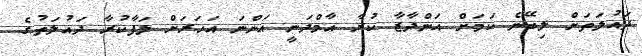
ދައުލަތަށް ލިބޭނެ ކަމަށް އަންދާޒާ ކުރާ އާމްދަނީ އަންނަ އަހަރަށް ލަފާކުރާ ދައުލަތުގެ